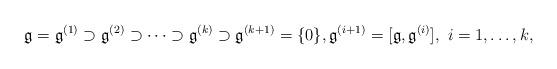
LaTeX: \begin{align*} \mathfrak g=\mathfrak g^{(1)}\supset\mathfrak g^{(2)}\supset\dots \supset \mathfrak g^{(k)}\supset \mathfrak g^{(k+1)}=\{0\}, \mathfrak g^{(i+1)}=[\mathfrak g,\mathfrak g^{(i)}], \ i=1,\dots, k,\end{align*}